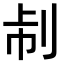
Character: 𠛯